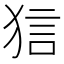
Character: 狺